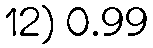
12) 0.99